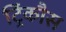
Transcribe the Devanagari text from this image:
ट्रिंकौस